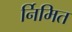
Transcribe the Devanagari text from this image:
र्निमित